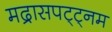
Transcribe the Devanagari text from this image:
मद्रासपट्ट्नम